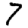
Digit: 7